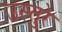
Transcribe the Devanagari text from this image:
उस्तुरे